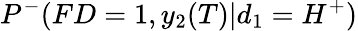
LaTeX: P^{-}(FD=1,y_{2}(T)|d_{1}=H^{+})